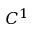
C ^ { 1 }